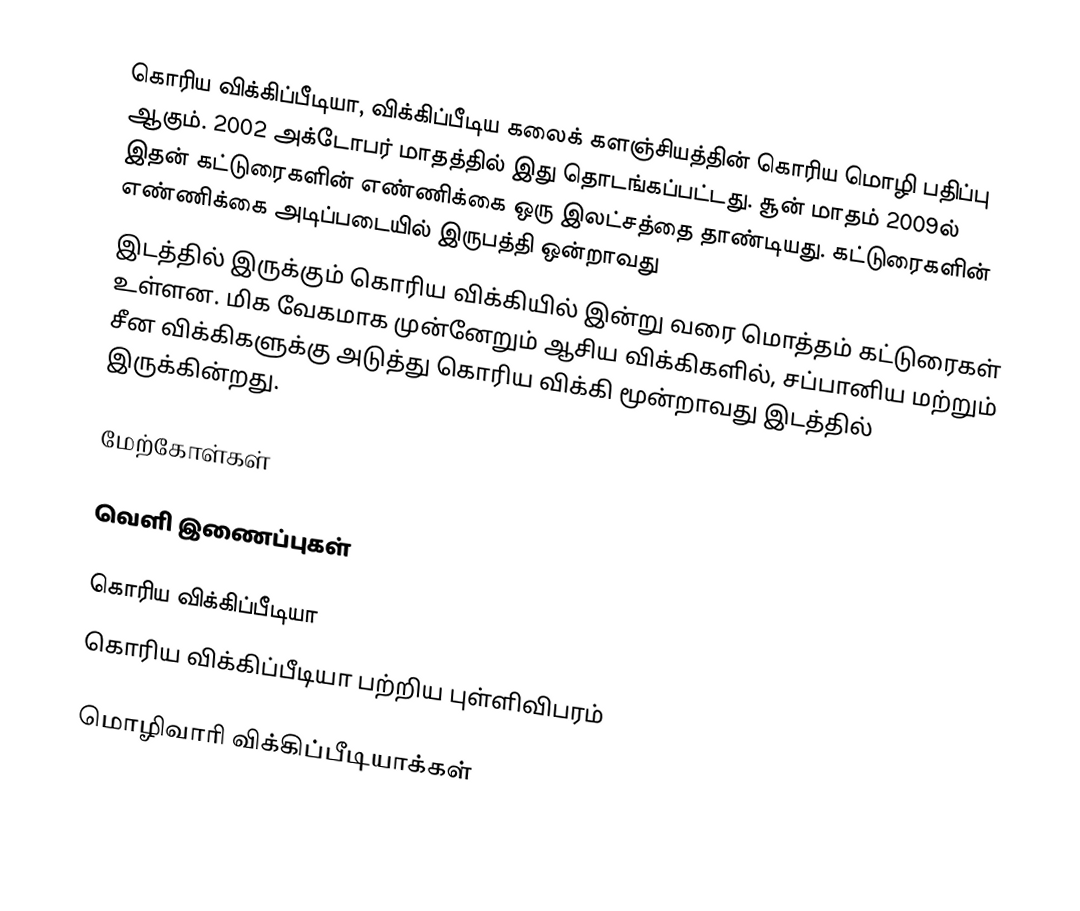
கொரிய விக்கிப்பீடியா, விக்கிப்பீடிய கலைக் களஞ்சியத்தின் கொரிய மொழி பதிப்பு ஆகும். 2002 அக்டோபர் மாதத்தில் இது தொடங்கப்பட்டது. சூன் மாதம் 2009ல் இதன் கட்டுரைகளின் எண்ணிக்கை ஒரு இலட்சத்தை தாண்டியது. கட்டுரைகளின் எண்ணிக்கை அடிப்படையில் இருபத்தி ஒன்றாவது
 இடத்தில் இருக்கும் கொரிய விக்கியில் இன்று வரை  மொத்தம் கட்டுரைகள் உள்ளன. மிக வேகமாக முன்னேறும் ஆசிய விக்கிகளில், சப்பானிய  மற்றும் சீன விக்கிகளுக்கு அடுத்து கொரிய விக்கி மூன்றாவது இடத்தில் இருக்கின்றது.

மேற்கோள்கள்

வெளி இணைப்புகள்

கொரிய விக்கிப்பீடியா
கொரிய விக்கிப்பீடியா பற்றிய புள்ளிவிபரம்

 மொழிவாரி விக்கிப்பீடியாக்கள்